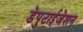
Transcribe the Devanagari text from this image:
डेपुटाईजेशन